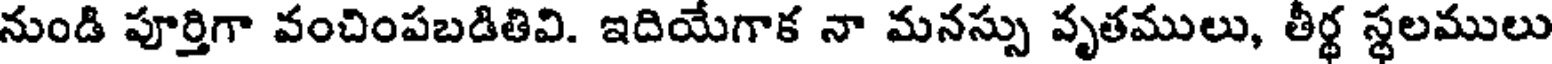
నుండి పూర్తిగా వంచింపబడితివి. ఇదియేగాక నా మనస్సు వృతములు, తీర్థ స్థలములు